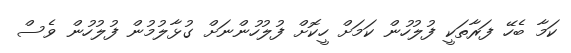
ކަމާ ބެހޭ ފަރާތަކީ ފުލުހުން ކަމަށް ހީކޮށް ފުލުހުންނަށް ގުޅާލުމުން ފުލުހުން ވެސް